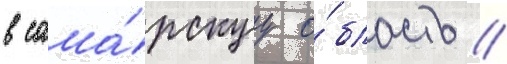
в сама́рскуу о́бласть /